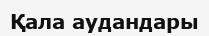
Қала аудандары